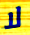
لا